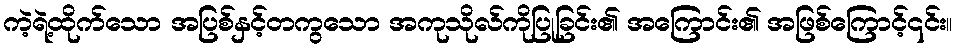
ကဲ့ရဲ့ထိုက်သော အပြစ်နှင့်တကွသော အကုသိုလ်ကိုပြုခြင်း၏ အကြောင်း၏ အဖြစ်ကြောင့်၎င်း။